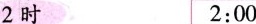
2时 2:00